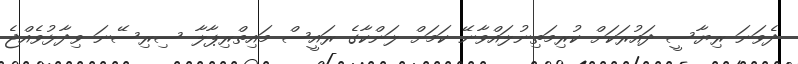
ދެވަނަ ރިޔާސީ ދައުރަކަށް ކުރިމަތިނުލައްވާނޭ ކަމަށް ލަންކާގެ ރައީސް މައިތްރިޕާލާ ސިރިސޭނަ ވިދާޅުވެއްޖެ